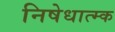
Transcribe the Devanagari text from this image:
निषेधात्म्क